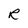
Character: R